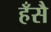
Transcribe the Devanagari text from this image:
हँसै